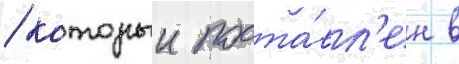
/ которыи поста́вл'ен в